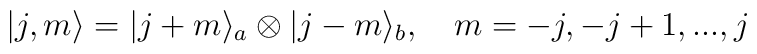
|j,m\rangle = |j+m\rangle_{a}\otimes |j-m\rangle_{b}, \ \ \ m= -j,-j+1, ...,j